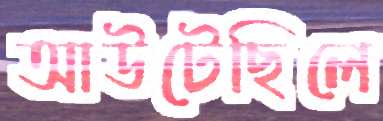
আউটেছিলে